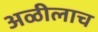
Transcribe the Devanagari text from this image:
अळीलाच